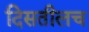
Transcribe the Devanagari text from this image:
दिसतीलच